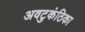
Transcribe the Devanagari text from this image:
अवटुकंठिका